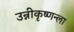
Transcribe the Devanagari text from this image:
उन्नीकृष्णन्ला